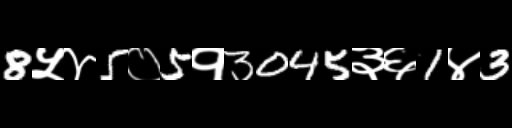
Text: 8५४5०5१3045३६1४3